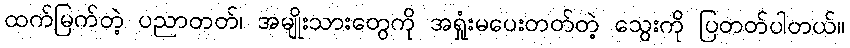
ထက်မြက်တဲ့ ပညာတတ်၊ အမျိုးသားတွေကို အရှုံးမပေးတတ်တဲ့ သွေးကို ပြတတ်ပါတယ်။